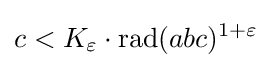
c<K_{\varepsilon }\cdot \operatorname {rad} (abc)^{1+\varepsilon }